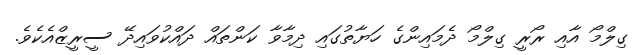
ގިލްމޯ އާއި ރޯރީ ގިލްމޯ ދެމައިންގެ ހަޔާތުގައި ދިމާވާ ކަންތައް ދައްކުވައިދޭ ސީރީޒްއެކެވެ.